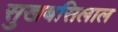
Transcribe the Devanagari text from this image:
सुखबसिलाल